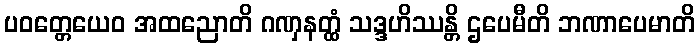
ပဝတ္တေယေဝ အထညောတိ ဂဏှနတ္ထံ သဒ္ဒဟိဿန္တိ ဌပေမီတိ ဘဏာပေမာတိ